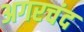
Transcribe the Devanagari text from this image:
अगरचंद